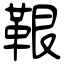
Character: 鞎